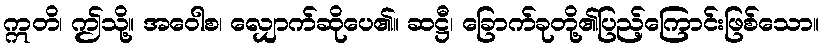
ဣတိ၊ ဤသို့။ အဝေါစ၊ လျှောက်ဆိုပေ၏။ ဆဋ္ဌီ၊ ခြောက်ခုတို့၏ပြည့်ကြောင်းဖြစ်သော။